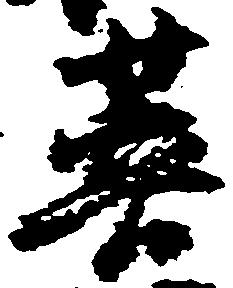
菩